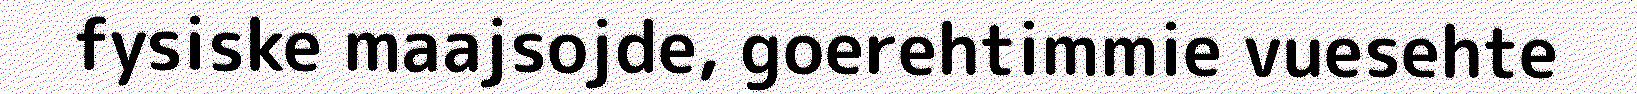
fysiske maajsojde, goerehtimmie vuesehte